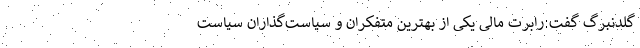
گلدنبرگ گفت:رابرت مالی یکی از بهترین متفکران و سیاست‌گذاران سیاست